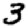
Digit: 3